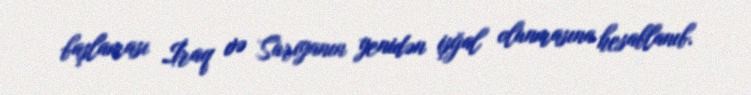
başlaması İraq və Suriyanın yenidən işğal olunmasına hesablanıb.